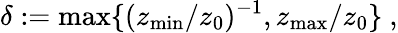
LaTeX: \delta:=\mathrm{max}\{ (z_{\mathrm{min}}/z_{0})^{-1},z_{\mathrm{max}}/z_{0}\} ~,